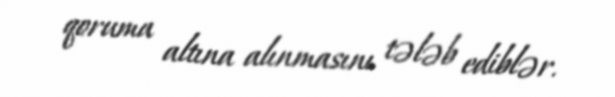
qoruma altına alınmasını tələb ediblər.